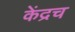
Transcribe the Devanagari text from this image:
केंद्रच